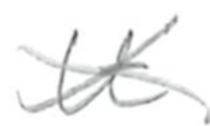
Text: It
Cross-out: cross
Writing tool: pencil